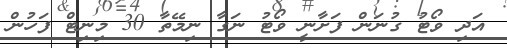
އަދި ވޯޓު ގުނަން ފަށާނީ ވޯޓު ނަގާ ނިމޭތާ 30 މިނިޓް ފަހުން